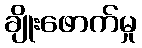
ချိုးဖောက်မှု